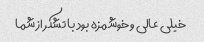
خیلی عالی و خوشمزه بود با تشکر از شما